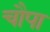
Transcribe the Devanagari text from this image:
चौपा